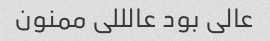
عالی بود عالللی ممنون